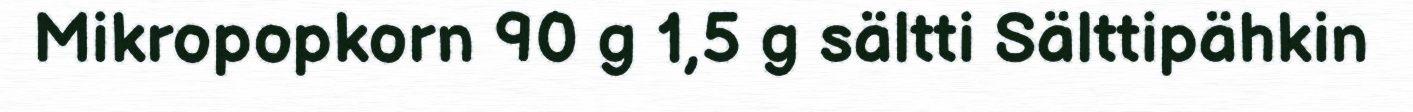
Mikropopkorn 90 g 1,5 g sältti Sälttipähkin